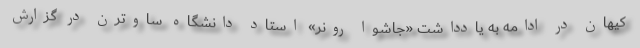
کیهان در ادامه به یادداشت «جاشوا رونر» استاد دانشگاه ساوترن در گزارش